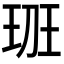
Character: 𤤻